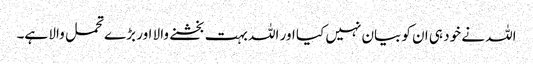
اللہ نے خود ہی ان کو بیان نہیں کیا اور اللہ بہت بخشنے والا اور بڑے تحمل والا ہے۔